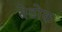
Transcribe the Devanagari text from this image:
बेडोक